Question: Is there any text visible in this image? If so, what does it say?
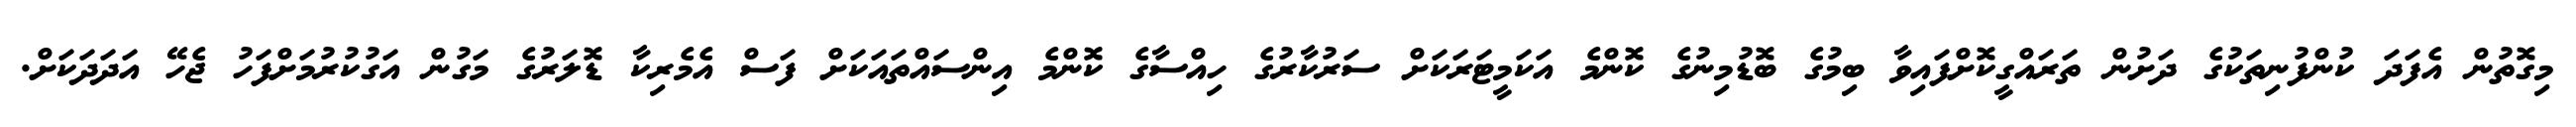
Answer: މިގޮތުން އެފަދަ ކުންފުނިތަކުގެ ދަށުން ތަރައްގީކޮށްފައިވާ ބިމުގެ ބޮޑުމިނުގެ ކޮންމެ އަކަމީޓަރަކަށް ސަރުކާރުގެ ހިއްސާގެ ކޮންމެ އިންސައްތައަކަށް ފަސް އެމެރިކާ ޑޮލަރުގެ މަގުން އަގުކުރުމަށްފަހު ޖެހޭ އަދަދަކަށް.